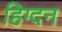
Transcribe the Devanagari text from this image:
हिग्दन